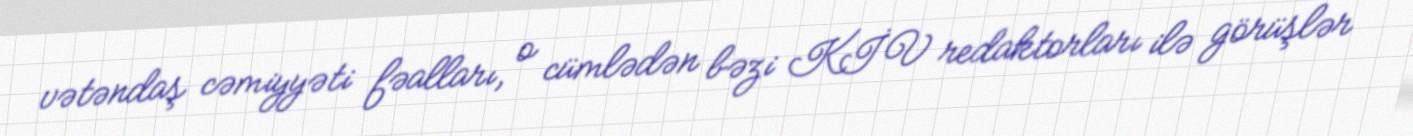
vətəndaş cəmiyyəti fəalları, o cümlədən bəzi KİV redaktorları ilə görüşlər